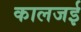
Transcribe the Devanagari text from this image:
कालजई